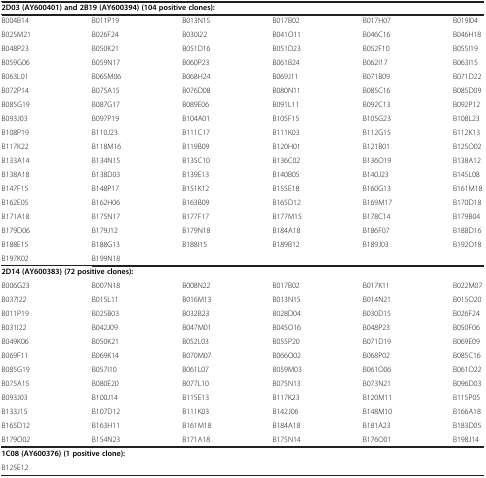
<table><thead><tr><td colspan="6"><b>2D03 (AY600401) and 2B19 (AY600394) (104 positive clones):</b></td></tr></thead><tbody><tr><td>B004B14</td><td>B011P19</td><td>B013N15</td><td>B017B02</td><td>B017H07</td><td>B019I04</td></tr><tr><td>B025M21</td><td>B026F24</td><td>B030I22</td><td>B041O11</td><td>B046C16</td><td>B046H18</td></tr><tr><td>B048P23</td><td>B050K21</td><td>B051D16</td><td>B051D23</td><td>B052F10</td><td>B055I19</td></tr><tr><td>B059G06</td><td>B059N17</td><td>B060P23</td><td>B061B24</td><td>B062I17</td><td>B063I15</td></tr><tr><td>B063L01</td><td>B065M06</td><td>B068H24</td><td>B069J11</td><td>B071B09</td><td>B071D22</td></tr><tr><td>B072P14</td><td>B075A15</td><td>B076D08</td><td>B080N11</td><td>B085C16</td><td>B085D09</td></tr><tr><td>B085G19</td><td>B087G17</td><td>B089E06</td><td>B091L11</td><td>B092C13</td><td>B092P12</td></tr><tr><td>B093J03</td><td>B097P19</td><td>B104A01</td><td>B105F15</td><td>B105G23</td><td>B108L23</td></tr><tr><td>B108P19</td><td>B110J23</td><td>B111C17</td><td>B111K03</td><td>B112G15</td><td>B112K13</td></tr><tr><td>B117K22</td><td>B118M16</td><td>B119B09</td><td>B120H01</td><td>B121B01</td><td>B125O02</td></tr><tr><td>B133A14</td><td>B134N15</td><td>B135C10</td><td>B136C02</td><td>B136O19</td><td>B138A12</td></tr><tr><td>B138A18</td><td>B138D03</td><td>B139E13</td><td>B140B05</td><td>B140J23</td><td>B145L08</td></tr><tr><td>B147F15</td><td>B148P17</td><td>B151K12</td><td>B155E18</td><td>B160G13</td><td>B161M18</td></tr><tr><td>B162E05</td><td>B162H06</td><td>B163B09</td><td>B165D12</td><td>B169M17</td><td>B170D18</td></tr><tr><td>B171A18</td><td>B175N17</td><td>B177F17</td><td>B177M15</td><td>B178C14</td><td>B179B04</td></tr><tr><td>B179D06</td><td>B179J12</td><td>B179N18</td><td>B184A18</td><td>B186F07</td><td>B188D16</td></tr><tr><td>B188E15</td><td>B188G13</td><td>B188I15</td><td>B189B12</td><td>B189J03</td><td>B192O18</td></tr><tr><td>B197K02</td><td>B199N18</td><td> </td><td> </td><td> </td><td> </td></tr><tr><td colspan="6"><b>2D14 (AY600383) (72 positive clones):</b></td></tr><tr><td>B006G23</td><td>B007N18</td><td>B008N22</td><td>B017B02</td><td>B017K11</td><td>B022M07</td></tr><tr><td>B037I22</td><td>B015L11</td><td>B016M13</td><td>B013N15</td><td>B014N21</td><td>B015O20</td></tr><tr><td>B011P19</td><td>B025B03</td><td>B032B23</td><td>B028D04</td><td>B030D15</td><td>B026F24</td></tr><tr><td>B031I22</td><td>B042J09</td><td>B047M01</td><td>B045O16</td><td>B048P23</td><td>B050F06</td></tr><tr><td>B049K06</td><td>B050K21</td><td>B052L03</td><td>B055P20</td><td>B071D19</td><td>B069E09</td></tr><tr><td>B069F11</td><td>B069K14</td><td>B070M07</td><td>B066O02</td><td>B068P02</td><td>B085C16</td></tr><tr><td>B085G19</td><td>B057I10</td><td>B061L07</td><td>B059M03</td><td>B061O06</td><td>B061O22</td></tr><tr><td>B075A15</td><td>B080E20</td><td>B077L10</td><td>B075N13</td><td>B073N21</td><td>B096D03</td></tr><tr><td>B093J03</td><td>B100J14</td><td>B115E13</td><td>B117K23</td><td>B120M11</td><td>B115P05</td></tr><tr><td>B133J15</td><td>B107D12</td><td>B111K03</td><td>B142J06</td><td>B148M10</td><td>B166A18</td></tr><tr><td>B165D12</td><td>B163H11</td><td>B161M18</td><td>B184A18</td><td>B181A23</td><td>B183D05</td></tr><tr><td>B179O02</td><td>B154N23</td><td>B171A18</td><td>B175N14</td><td>B176O01</td><td>B198J14</td></tr><tr><td colspan="6"><b>1C08 (AY600376) (1 positive clone):</b></td></tr><tr><td>B125E12</td><td> </td><td> </td><td> </td><td> </td><td> </td></tr></tbody></table>